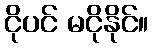
ငိုပင် မငိုနိုင်။